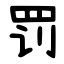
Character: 罚